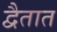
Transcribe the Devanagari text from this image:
द्वैतात